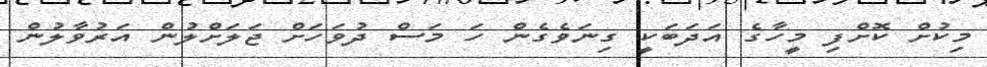
މިކުށް ކޮށްފި މީހާގެ އަދަބަކީ ގިނަވެގެން ހަ މަސް ދުވަހަށް ޖަލަށްލުން އަރުވާލުން